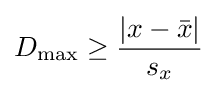
D_{\mathrm {max} }\geq {\frac {|x-{\bar {x}}|}{s_{x}}}